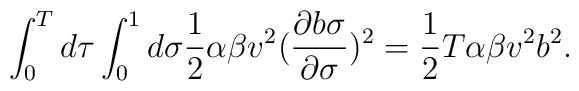
\int_{0}^{ T} d\tau \int^{1}_{0}d\sigma\frac{1}{2} \alpha\beta v^{2}(\frac{\partial b\sigma}{\partial \sigma})^{2}=\frac{1}{2} T \alpha \beta v^{2}b^{2}.